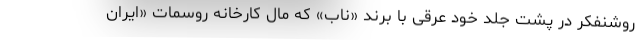
روشنفکر در پشت جلد خود عرقی با برند «ناب» که مال کارخانه روسمات «ایران